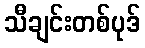
သီချင်းတစ်ပုဒ်